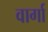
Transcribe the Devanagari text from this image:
वार्गा